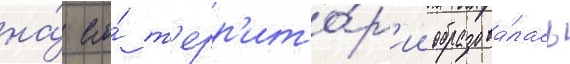
на́ его́ т'ерр'ито́р'ии образова́лась